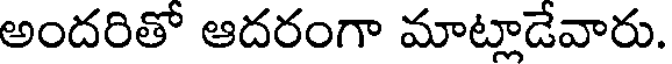
అందరితో ఆదరంగా మాట్లాడేవారు.